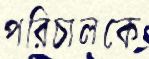
পরিচালকে